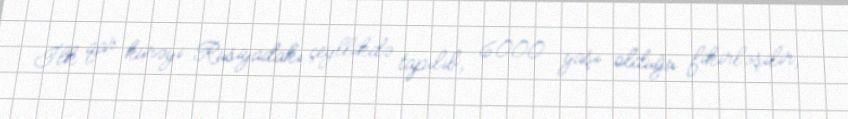
İlk qar kürəyi Rusiyadakı çeyllikdə tapılıb, 6000 yaşı olduğu fikirləşilir,